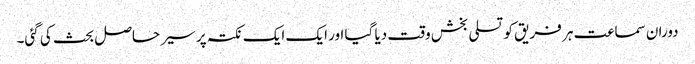
دوران سماعت ہر فریق کو تسلی بخش وقت دیا گیا اور ایک ایک نکتہ پر سیر حاصل بحث کی گئی۔